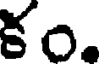
కం.